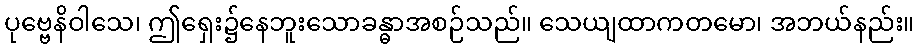
ပုဗ္ဗေနိဝါသေ၊ ဤရှေး၌နေဘူးသောခန္ဓာအစဉ်သည်။ သေယျထာကတမော၊ အဘယ်နည်း။